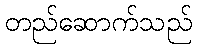
တည်ဆောက်သည်